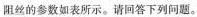
阻丝的参数如表所示。请回答下列问题。